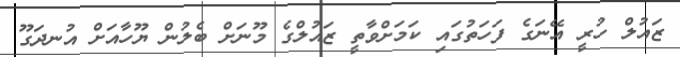
ޒައުލް ހުރީ އޭނަގެ ފަހަތުގައި ކަމަށްވާތީ ޒައުލްގެ މޫނަށް ބެލުން ޔޫހާއަށް އުނދަގޫ